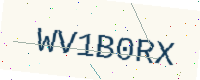
Text: WV1B0RX